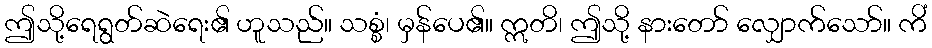
ဤသို့ရေရွတ်ဆဲရေး၏ ဟူသည်။ သစ္စံ၊ မှန်ပေ၏။ ဣတိ၊ ဤသို့ နားတော် လျှောက်သော်။ ကိံ